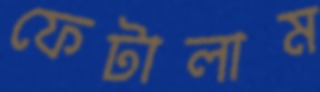
ফেটালাম